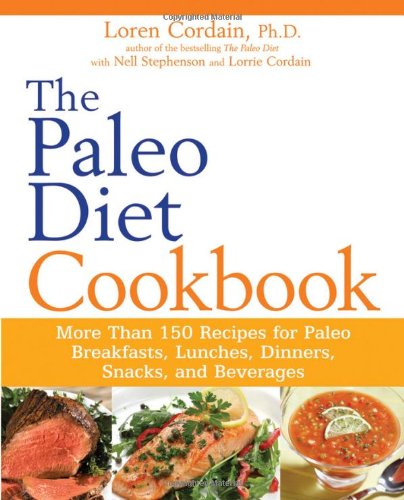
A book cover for The Paleo Diet Cookbook: More Than 150 Recipes for Paleo Breakfasts, Lunches, Dinners, Snacks, and Beverages; Nell Stephenson; Cookbooks, Food & Wine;